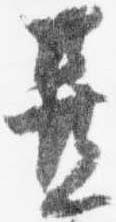
置